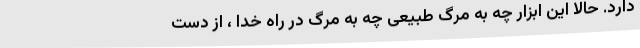
دارد. حالا این ابزار چه به مرگ طبیعی چه به مرگ در راه خدا ، از دست